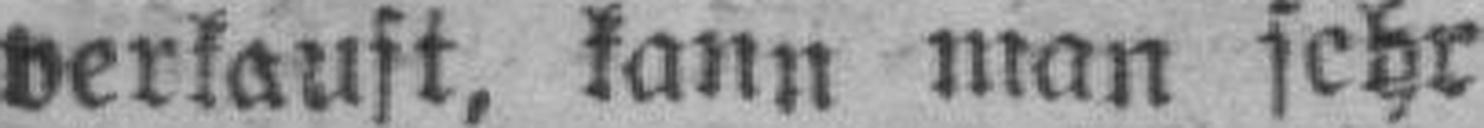
verkauft, kann man sehr